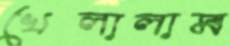
খেলালাম